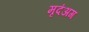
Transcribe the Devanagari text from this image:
मृदंअग